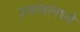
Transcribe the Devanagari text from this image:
प्रमाणांमध्ये